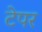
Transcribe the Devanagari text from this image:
टेपर